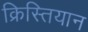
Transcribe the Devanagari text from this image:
क्रिस्तियान